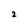
Character: 2